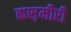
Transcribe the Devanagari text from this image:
कस़मीरी